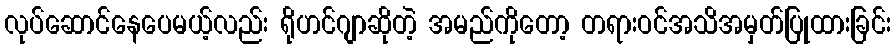
လုပ်ဆောင်နေပေမယ့်လည်း ရိုဟင်ဂျာဆိုတဲ့ အမည်ကိုတော့ တရားဝင်အသိအမှတ်ပြုထားခြင်း